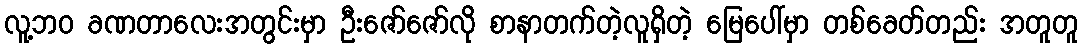
လူ့ဘဝ ခဏတာလေးအတွင်းမှာ ဦးဇော်ဇော်လို စာနာတက်တဲ့လူရှိတဲ့ မြေပေါ်မှာ တစ်ခေတ်တည်း အတူတူ